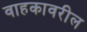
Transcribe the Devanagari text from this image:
वाहकावरील